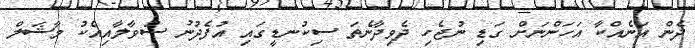
ދެން އަނެއްކާ އަހަންނަށް ގަޑި ނުޖެހި ދެވިދާނެތަ ސިކުނޑީގައި އުފެދުނު ސުވާލާއިއެކު މާޝަލް